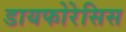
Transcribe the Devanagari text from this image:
डायफोरेसिस